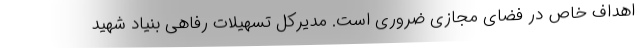
اهداف خاص در فضای مجازی ضروری است. مدیرکل تسهیلات رفاهی بنیاد شهید